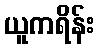
ယူကရိန်း